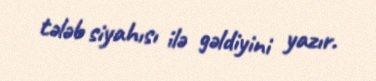
tələb siyahısı ilə gəldiyini yazır.